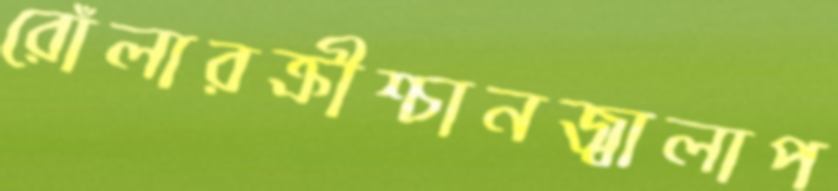
রোঁলারক্রীশ্চানজ্বালাপ